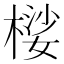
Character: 𱤇